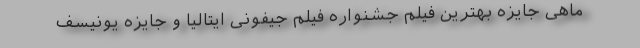
ماهی جایزه بهترین فیلم جشنواره فیلم جیفونی ایتالیا و جایزه یونیسف